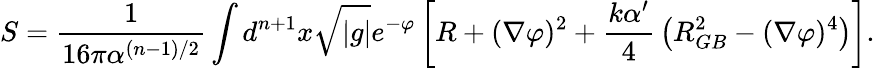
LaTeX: S={\frac{1}{16\pi\alpha^{(n-1)/2}}}\int d^{n+1}x\sqrt{|g|}e^{-\varphi}\left[R+(\nabla\varphi)^{2}+{\frac{k\alpha^{\prime}}{4}}\left(R_{GB}^{2}-(\nabla\varphi)^{4}\right)\right].